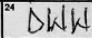
Transcription: DWW